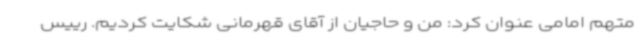
متهم امامی عنوان کرد: من و حاجیان از آقای قهرمانی شکایت کردیم. رییس